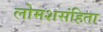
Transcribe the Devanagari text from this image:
लोमशसंहिता